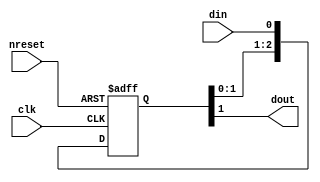
module oh_dsync  #(parameter PS    = 2,        // number of sync stages
		   parameter DELAY = 0         // random delay
		   )
   (
    input  clk, // clock
    input  nreset, // clock
    input  din, // input data
    output dout    // synchronized data
    );
   
`ifdef CFG_ASIC
   asic_dsync asic_dsync (.clk(clk),
			  .nreset(nreset),
			  .din(din),
			  .dout(dout));
`else
   reg [PS:0] sync_pipe; 
   always @ (posedge clk or negedge nreset)		 
     if(!nreset)
       sync_pipe[PS:0] <= 'b0;
     else
       sync_pipe[PS:0] <= {sync_pipe[PS-1:0],din};	      	      
   // drive randomize delay from testbench
   assign dout = (DELAY & sync_pipe[PS]) |  //extra cycle
		 (~DELAY & sync_pipe[PS-1]); //default
`endif // !`ifdef CFG_ASIC
   
endmodule